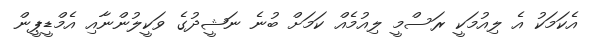
އެކަމަކު އެ ލިއުމަކީ ރަސްމީ ލިއުމެއް ކަމަށް ބުނެ ނަޝީދުގެ ވަކީލުންނާއި އެމްޑީޕީން